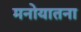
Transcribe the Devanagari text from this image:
मनोयातना